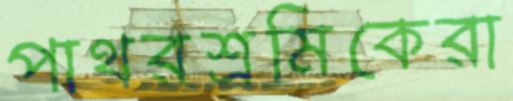
পাথরশ্রমিকেরা